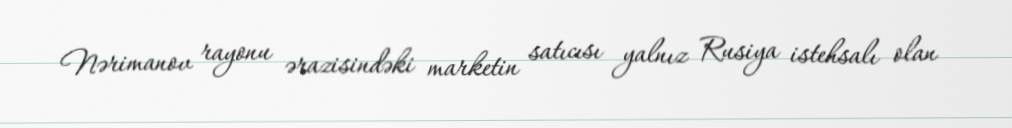
Nərimanov rayonu ərazisindəki marketin satıcısı yalnız Rusiya istehsalı olan